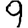
Digit: 9